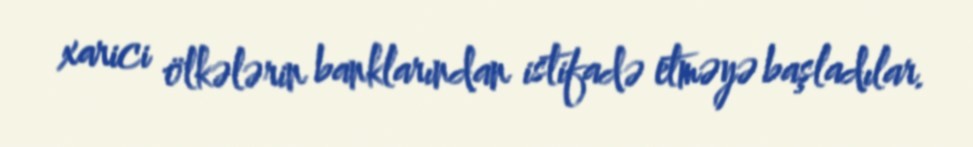
xarici ölkələrin banklarından istifadə etməyə başladılar.